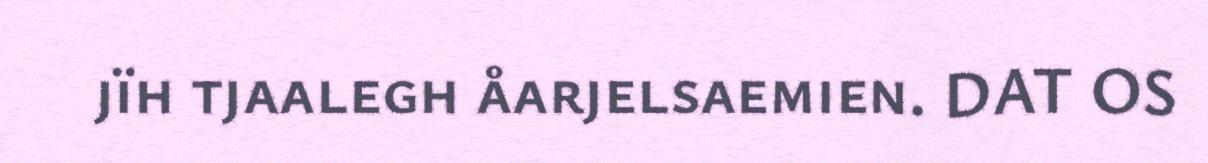
jïh tjaalegh åarjelsaemien. DAT OS